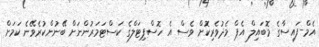
އެމް-ފައިސާގެ މޮބައިލް އެޕް މެދުވެރިކޮށް ވެސް އެ ހޮސްޕިޓަލްގެ ކަސްޓަމަރުންނަށް ބޭނުންކުރެވޭނެ ކަމަށް